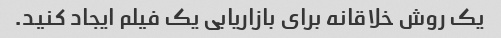
یک روش خلاقانه برای بازاریابی یک فیلم ایجاد کنید.